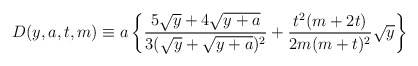
\begin{align*}D(y,a,t,m)\equiv a\left\{\frac {5\sqrt y+4\sqrt {y+a}}{3(\sqrt y+\sqrt {y+a})^2}+\frac {t^2(m+2t)}{2m(m+t)^2}\sqrt y\right\}\end{align*}